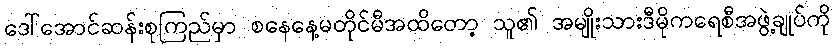
ဒေါ်အောင်ဆန်းစုကြည်မှာ စနေနေ့မတိုင်မီအထိတော့ သူ၏ အမျိုးသားဒီမိုကရေစီအဖွဲ့ချုပ်ကို